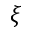
\xi